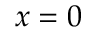
x = 0